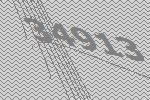
34913